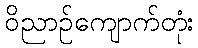
ဝိညာဉ်ကျောက်တုံး